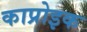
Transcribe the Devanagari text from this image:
काप्रोइक